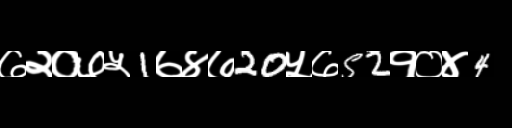
Text: ७२०७५1७४७20५७52१०४4